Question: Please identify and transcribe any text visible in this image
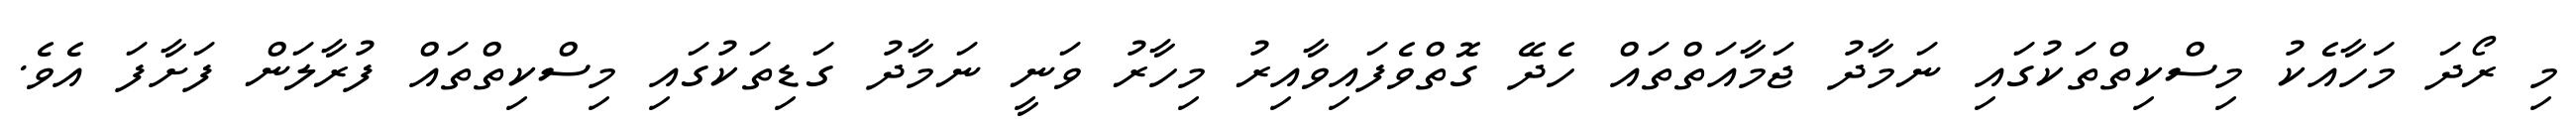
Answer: މި ރޯދަ މަހާއެކު މިސްކިތްތަކުގައި ނަމާދު ޖަމާއަތްތައް ހެދޭ ގޮތްވެފައިވާއިރު މިހާރު ވަނީ ނަމާދު ގަޑިތަކުގައި މިސްކިތްތައް ފުރާލަން ފަށާފަ އެވެ.